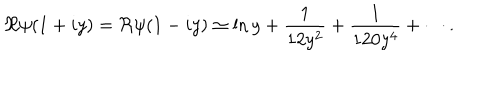
LaTeX: \Re \psi ( 1 + i y ) = \Re \psi ( 1 - i y ) \simeq \ln y + { \frac { 1 } { 1 2 y ^ { 2 } } } + { \frac { 1 } { 1 2 0 y ^ { 4 } } } + \cdots .